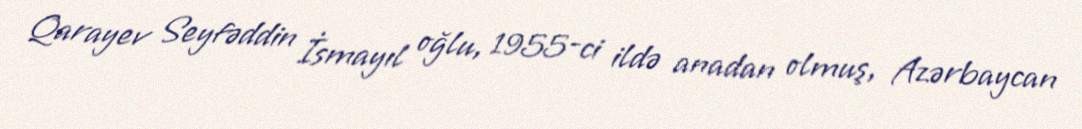
Qarayev Seyfəddin İsmayıl oğlu, 1955-ci ildə anadan olmuş, Azərbaycan